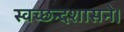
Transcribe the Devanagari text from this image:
स्वच्छन्दशासने।